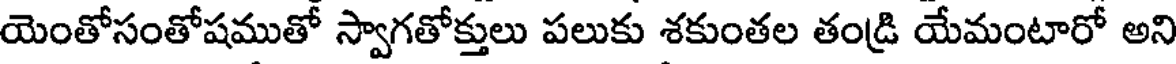
యెంతోసంతోషముతో స్వాగతోక్తులు పలుకు శకుంతల తండ్రి యేమంటారో అని